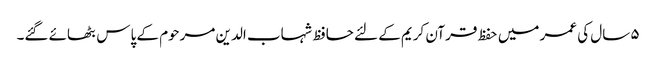
۵ سال کی عمر میں حفظ قرآن کریم کے لئے حافظ شہاب الدین مرحوم کے پاس بٹھائے گئے۔